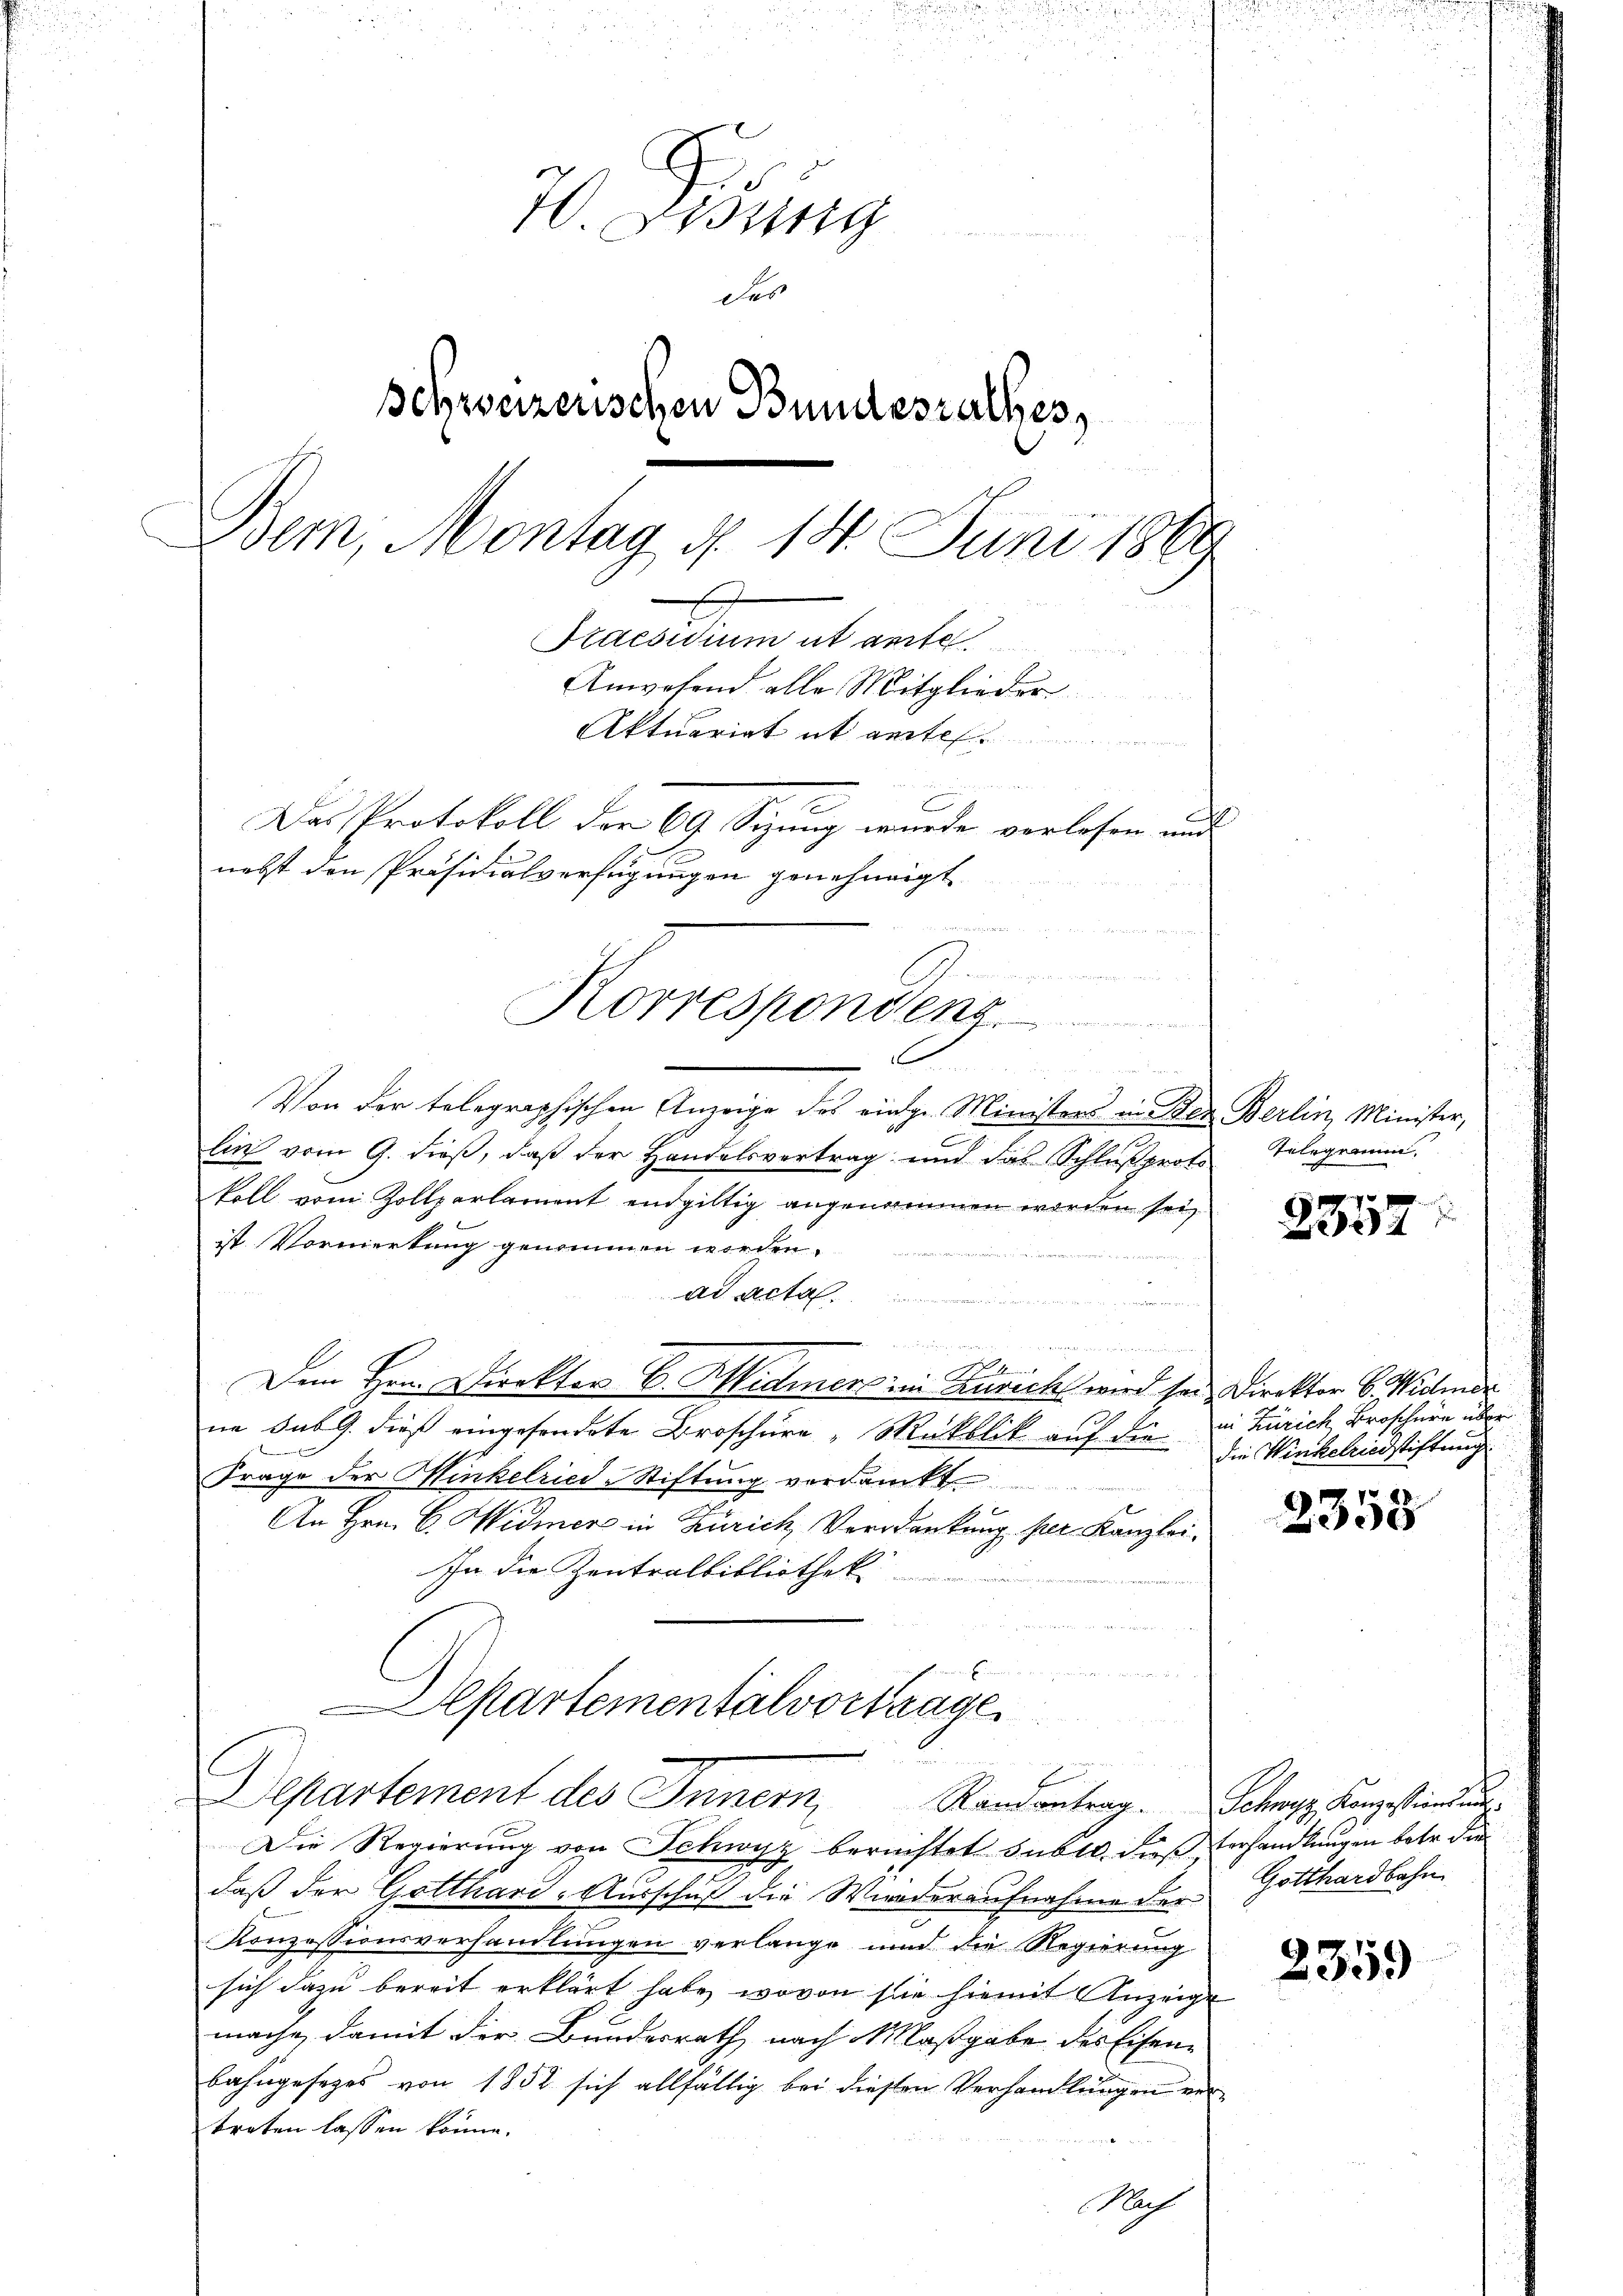
70. Wenig
des
Schweizerischen Bundesrathes,
Bem, Montag d. 14. Juni 1889
E
Praesidium et ante
Anwesend alle Mitglieder
Aktuariat et ant
de eine et
Das Protokoll der 69 Sizung wurde verlesen und
nebst den Präsidialverfügungen genehmigt.
u
n

u ich den in Andern und
Korrespondenz
.

Von der telegraphischen Anzeige des einige Ministers in Ster Berlin, Minister,
lin vom 9. dieß, daß der Handelsvertrag, und das Schlußproto
koll vom Zollparlament endgültig angenommen worden sei,
ist Vormerkung genommen worden.

Ad Acta
 elen wenn der einen g
2
Dem Hrn. Direktor C. Widmers in Zürich wird sei Direktor C. Widmer
ne sub 9. dieß eingesendete Broschüre „Mukblik auf die in Zürich Broschern über
Frage der Hinkelried-Stiftung verdankt
An Hrn. C. Widmer in Zürich, Verdankung per Kanzlei-
In die Zentralbibliothek
E
u
Aepartementalvortrage
Departement des Innern Randantrag. Schwyz, Konzestindung
Die Regierung von Schwyz berechtet subtl. dieß Verhandlungen betr. die
daß der Gotthard-Ausschuß die Wiederaufnahme der Gotthardbahn
Konzessionsverhandlungen verlange und die Regierung
sich dazu bereit erklärt habe, wovon sie hiemit Anzeige
mache, damit der Bundesrath nach Maßgabe des Eisenbahngesezes von 1852 sich allfällig bei diesen Verhandlungen ein
treten lassen könne.
Nach

Telegramm.

. mit
2357

die Winkelriedstiftung

2358

2359